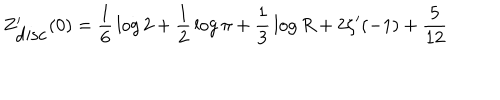
LaTeX: Z _ { \mathrm { d i s c } } ^ { \prime } ( 0 ) = { \frac { 1 } { 6 } } \log 2 + { \frac { 1 } { 2 } } \log \pi + { \frac { 1 } { 3 } } \log R + 2 \zeta ^ { \prime } ( - 1 ) + { \frac { 5 } { 1 2 } }